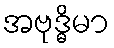
အဗုဒ္ဓိမာ